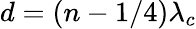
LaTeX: d=(n-1/4)\lambda_{c}